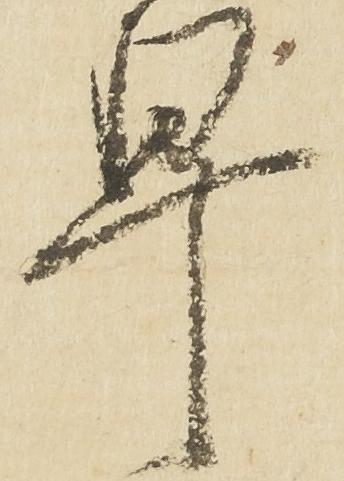
早